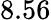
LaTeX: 8.56